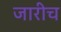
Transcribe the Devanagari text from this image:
जारीच